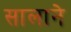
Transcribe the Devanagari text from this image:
सालाने